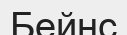
Бейнс